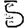
Digit: 5